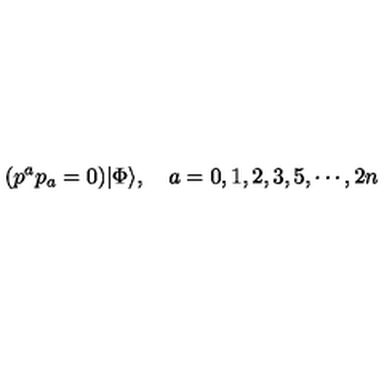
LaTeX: ( p ^ { a } p _ { a } = 0 ) | \Phi \rangle , \quad a = 0 , 1 , 2 , 3 , 5 , \cdots , 2 n